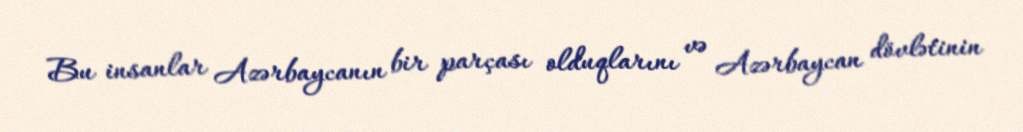
Bu insanlar Azərbaycanın bir parçası olduqlarını və Azərbaycan dövlətinin